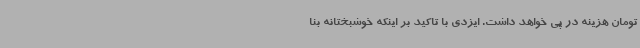
تومان هزینه در پی خواهد داشت. ایزدی با تاکید بر اینکه خوشبختانه بنا